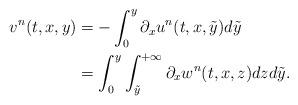
LaTeX: \begin{align*}v^{n}(t, x, y)&=-\int^{y}_0\partial_x u^{n}(t, x, \tilde y) d\tilde y\\&=\int^{y}_0\int^{+\infty}_{\tilde y} \partial_x w^{n}(t, x, z) dz d\tilde y.\end{align*}